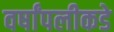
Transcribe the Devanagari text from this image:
वर्षांपलीकडे